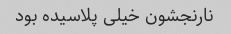
نارنجشون خیلی پلاسیده بود